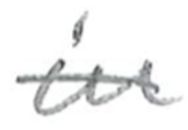
Text: in
Cross-out: single-line
Writing tool: pencil